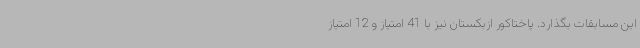
این مسابقات بگذارد. پاختاکور ازبکستان نیز با 41 امتیاز و 12 امتیاز